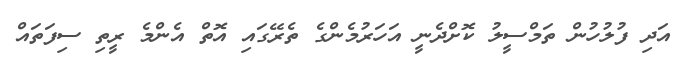
އަދި ފުލުހުން ތަމްސީލު ކޮށްދެނީ އަހަރުމެންގެ ތެރޭގައި އޮތް އެންމެ ރީތި ސިފަތައް